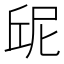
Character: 屔